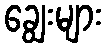
ချွေးများ